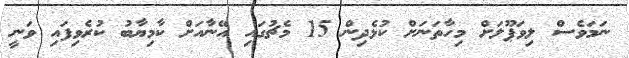
ނަމަވެސް ލިވަޕޫލަށް މިހާތަނަށް ކުޅެދިން 15 މެޗުގައި އޭނާއަށް ކާމިޔާބު ކުރެވިފައި ވަނީ